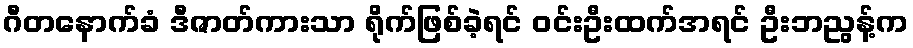
ဂီတနောက်ခံ ဒီဇာတ်ကားသာ ရိုက်ဖြစ်ခဲ့ရင် ဝင်းဦးထက်အရင် ဦးဘညွန့်က